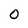
Character: 0